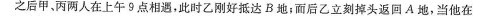
之后甲，丙两人在上午9点相遇，此时乙刚好抵达B地；而后乙立刻掉头返回A地，当他在